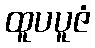
ထူပပူဇံ